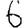
Digit: 6